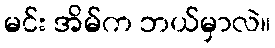
မင်း အိမ်က ဘယ်မှာလဲ။